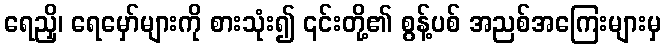
ရေညှိ၊ ရေမှော်များကို စားသုံး၍ ၎င်းတို့၏ စွန့်ပစ် အညစ်အကြေးများမှ